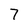
Character: 7